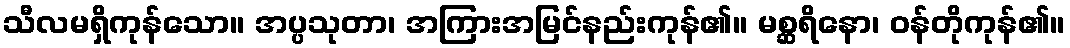
သီလမရှိကုန်သော။ အပ္ပသုတာ၊ အကြားအမြင်နည်းကုန်၏။ မစ္ဆရိနော၊ ဝန်တိုကုန်၏။